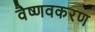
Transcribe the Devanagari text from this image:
वैष्णवकरण